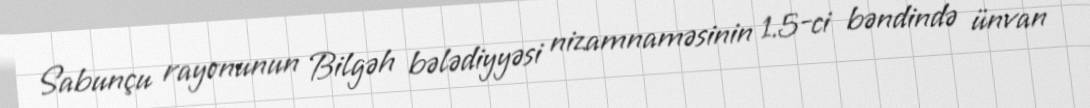
Sabunçu rayonunun Bilgəh bələdiyyəsi nizamnaməsinin 1.5-ci bəndində ünvan